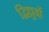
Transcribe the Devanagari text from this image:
द्विध्रुवों